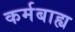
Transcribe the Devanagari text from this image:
कर्मबाह्य